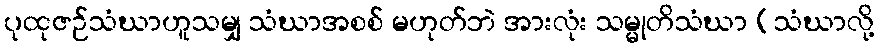
ပုထုဇဉ်သံဃာဟူသမျှ သံဃာအစစ် မဟုတ်ဘဲ အားလုံး သမ္မုတိသံဃာ (သံဃာလို့